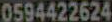
0594422624